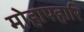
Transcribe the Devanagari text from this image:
मोहापहारि